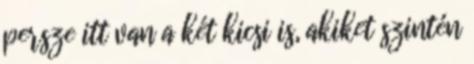
persze itt van a két kicsi is, akiket szintén